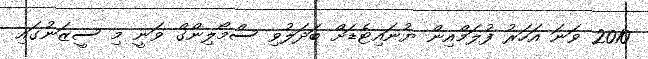
2010 ވަނަ އަހަރު ފުލަމްއިން ޔުނައިޓެޑަށް ބަދަލުވި ސްމޯލިންގް ވަނީ މި ސީޒަނުގައި